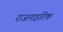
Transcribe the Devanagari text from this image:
राजनाइटिक